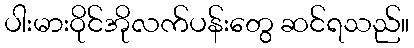
ပါးမားဝိုင်အိုလက်ပန်းတွေ ဆင်ရသည်။